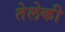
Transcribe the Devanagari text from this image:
तेलेकी